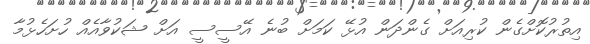
އިތުރުކޮށްގެން ކުރިއަށް ގެންދަން އުޅޭ ކަމަށް ބުނެ އޭސީސީ އަށް ޝަކުވާއެއް ހުށަހެޅުމާ